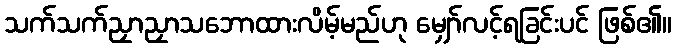
သက်သက်ညှာညှာသဘောထားလိမ့်မည်ဟု မျှော်လင့်ရခြင်းပင် ဖြစ်၏။